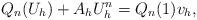
LaTeX: \begin{align*} Q_n(U_h) + A_hU_h^n=Q_n(1)v_h,\end{align*}